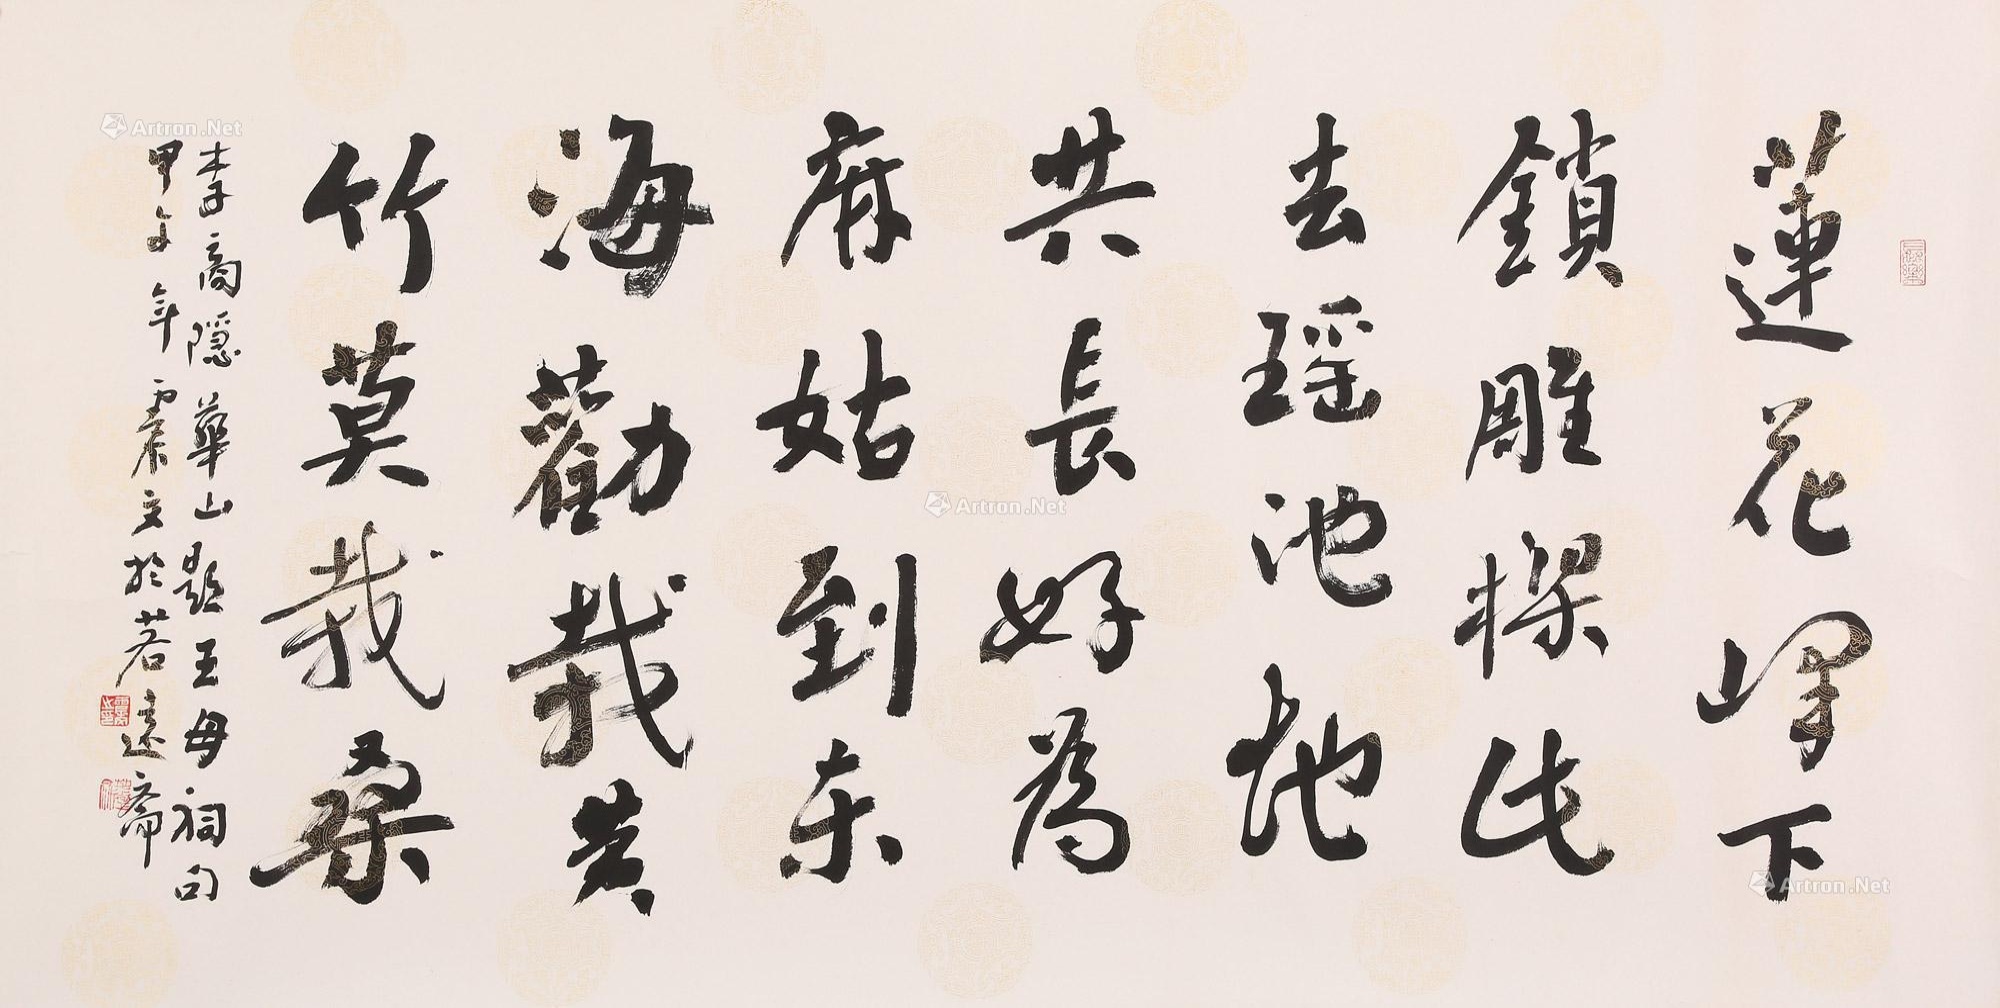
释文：莲花峰下锁雕梁,此去瑶池地共长。好为麻姑到东海,劝栽黄竹莫栽桑。李商隐华山题王母祠句甲午年初震文于茗远斋